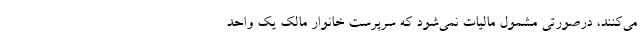
می‌کنند، درصورتی مشمول مالیات نمی‌شود که سرپرست خانوار مالک یک واحد